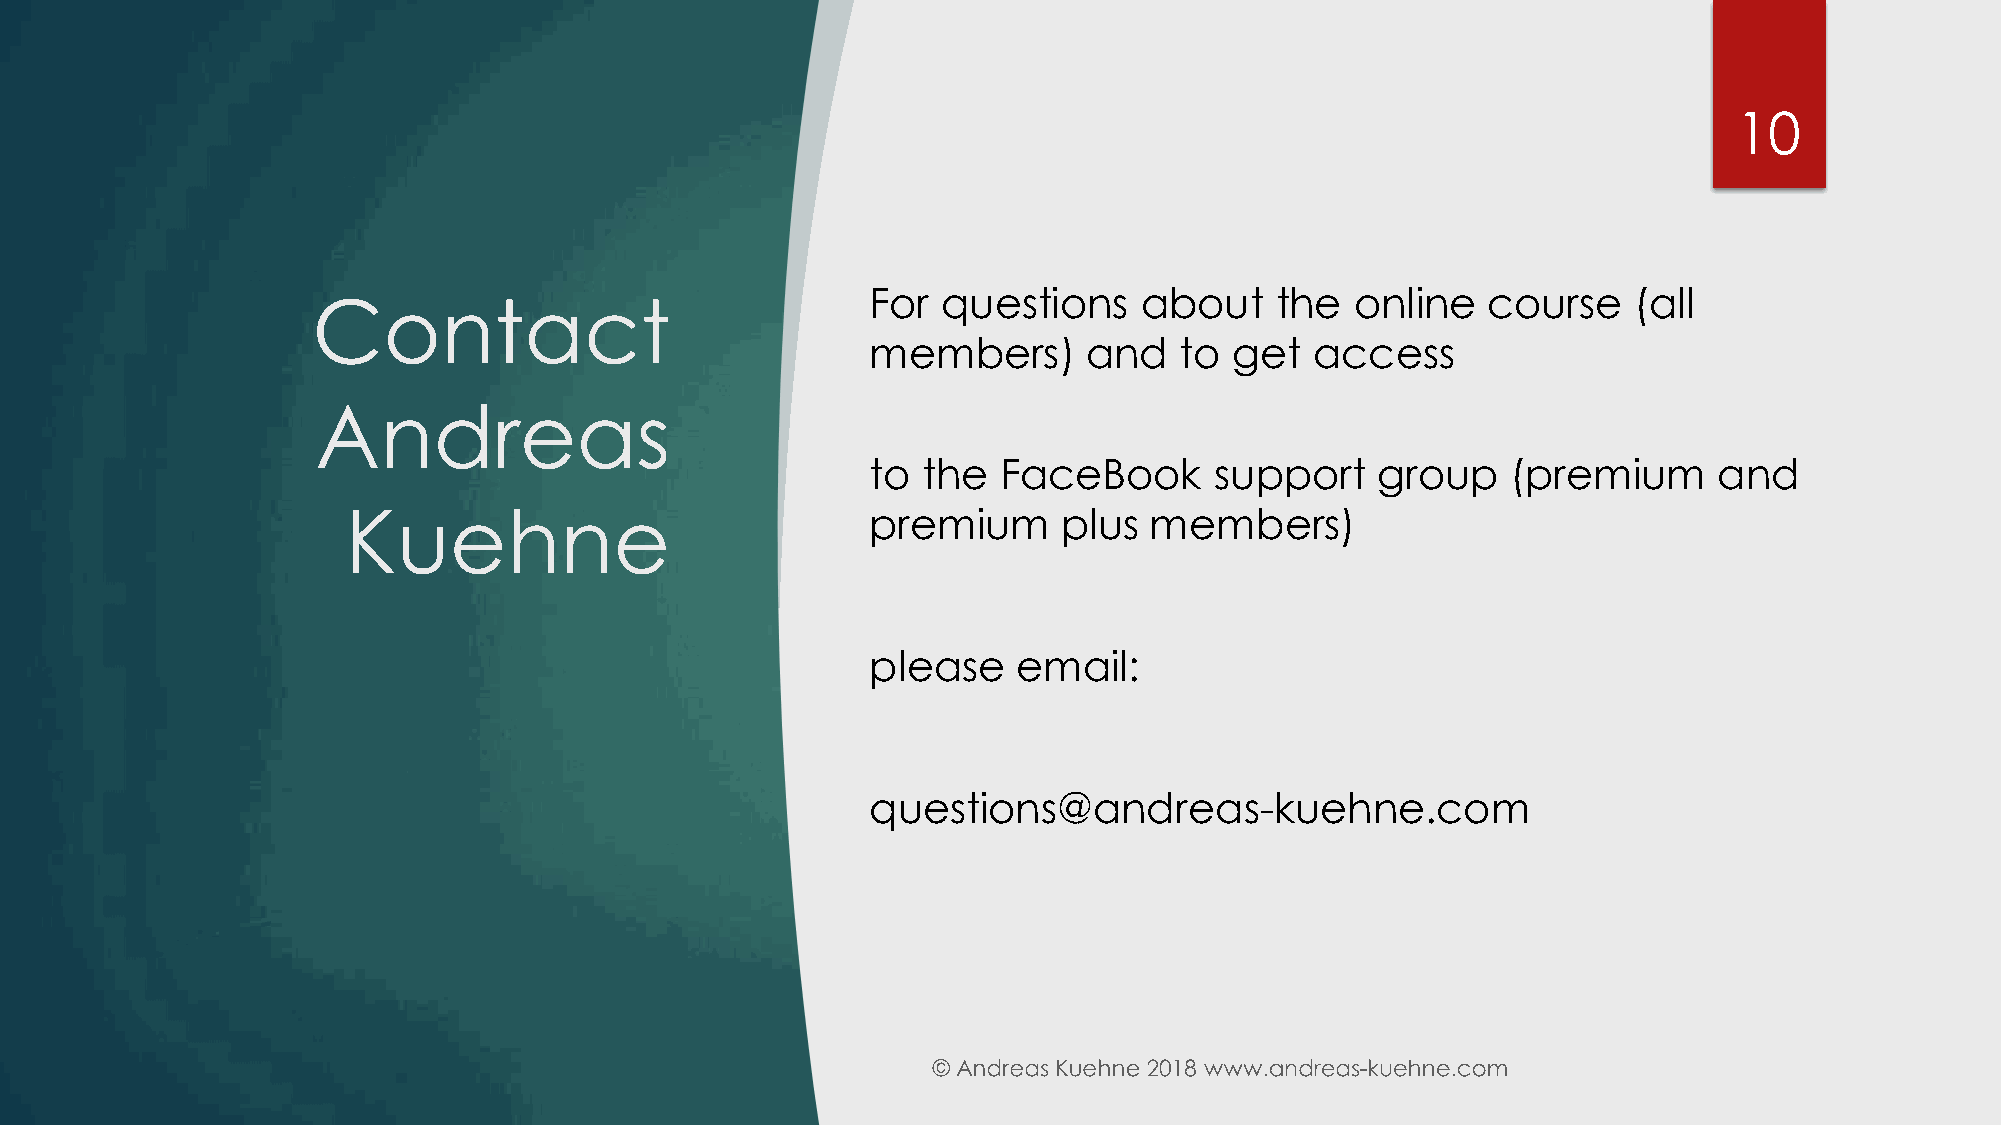
10
 For questions    about    the   online  course    (all
 Contact
 members)      and   to  get  access
 Andreas
 to the  FaceBook      support    group    (premium      and
 Kuehne                             premium     plus  members)
 please   email:
 questions@andreas-kuehne.com